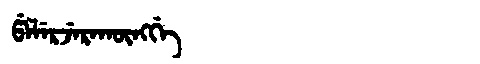
Manchu: ᡦᡝᠯᡝᡵᠵᡝᡵᠠᡴᡡᠩᡤᡝ
Romanization: PELERJERAKŪNGGE